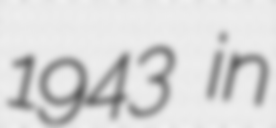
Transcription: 1943 in